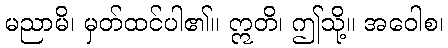
မညာမိ၊ မှတ်ထင်ပါ၏။ ဣတိ၊ ဤသို့။ အဝေါစ၊